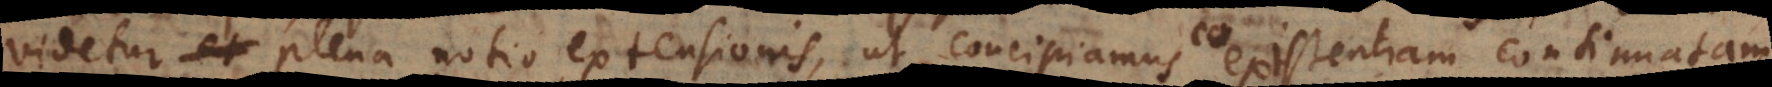
videtur plena notio extensionis, ut concipiamus existentiam coexistentiam